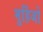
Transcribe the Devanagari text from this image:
मुहिंजो